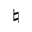
\natural